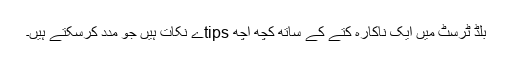
بلڈ ٹرسٹ میں ایک ناکارہ کتے کے ساتھ کچھ اچھ tipsے نکات ہیں جو مدد کرسکتے ہیں۔